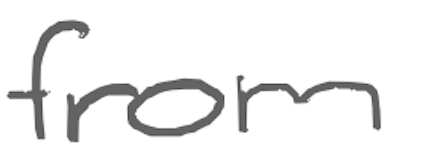
Text: from
Cross-out: clean
Writing tool: digital_gray